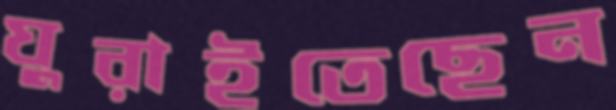
ঘুরাইতেছেন